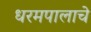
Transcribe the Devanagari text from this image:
धरमपालाचे